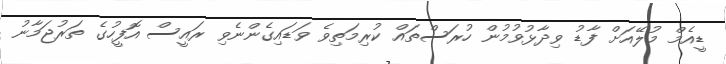
ޑީއެމް މުލޭއަށް ފާޑު ވިދާޅުވުމުން ހުރަސްތައް ކުރިމަތިވެ ވަޑައިގެންނެވި ރައީސް އޮފީހުގެ ތަރުޖަމާނު